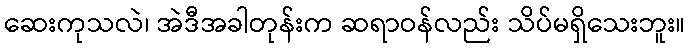
ဆေးကုသလဲ၊ အဲဒီအခါတုန်းက ဆရာဝန်လည်း သိပ်မရှိသေးဘူး။